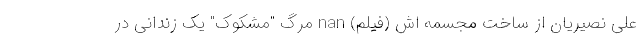
علی نصیریان از ساخت مجسمه اش (فیلم) nan مرگ "مشکوک" یک زندانی در